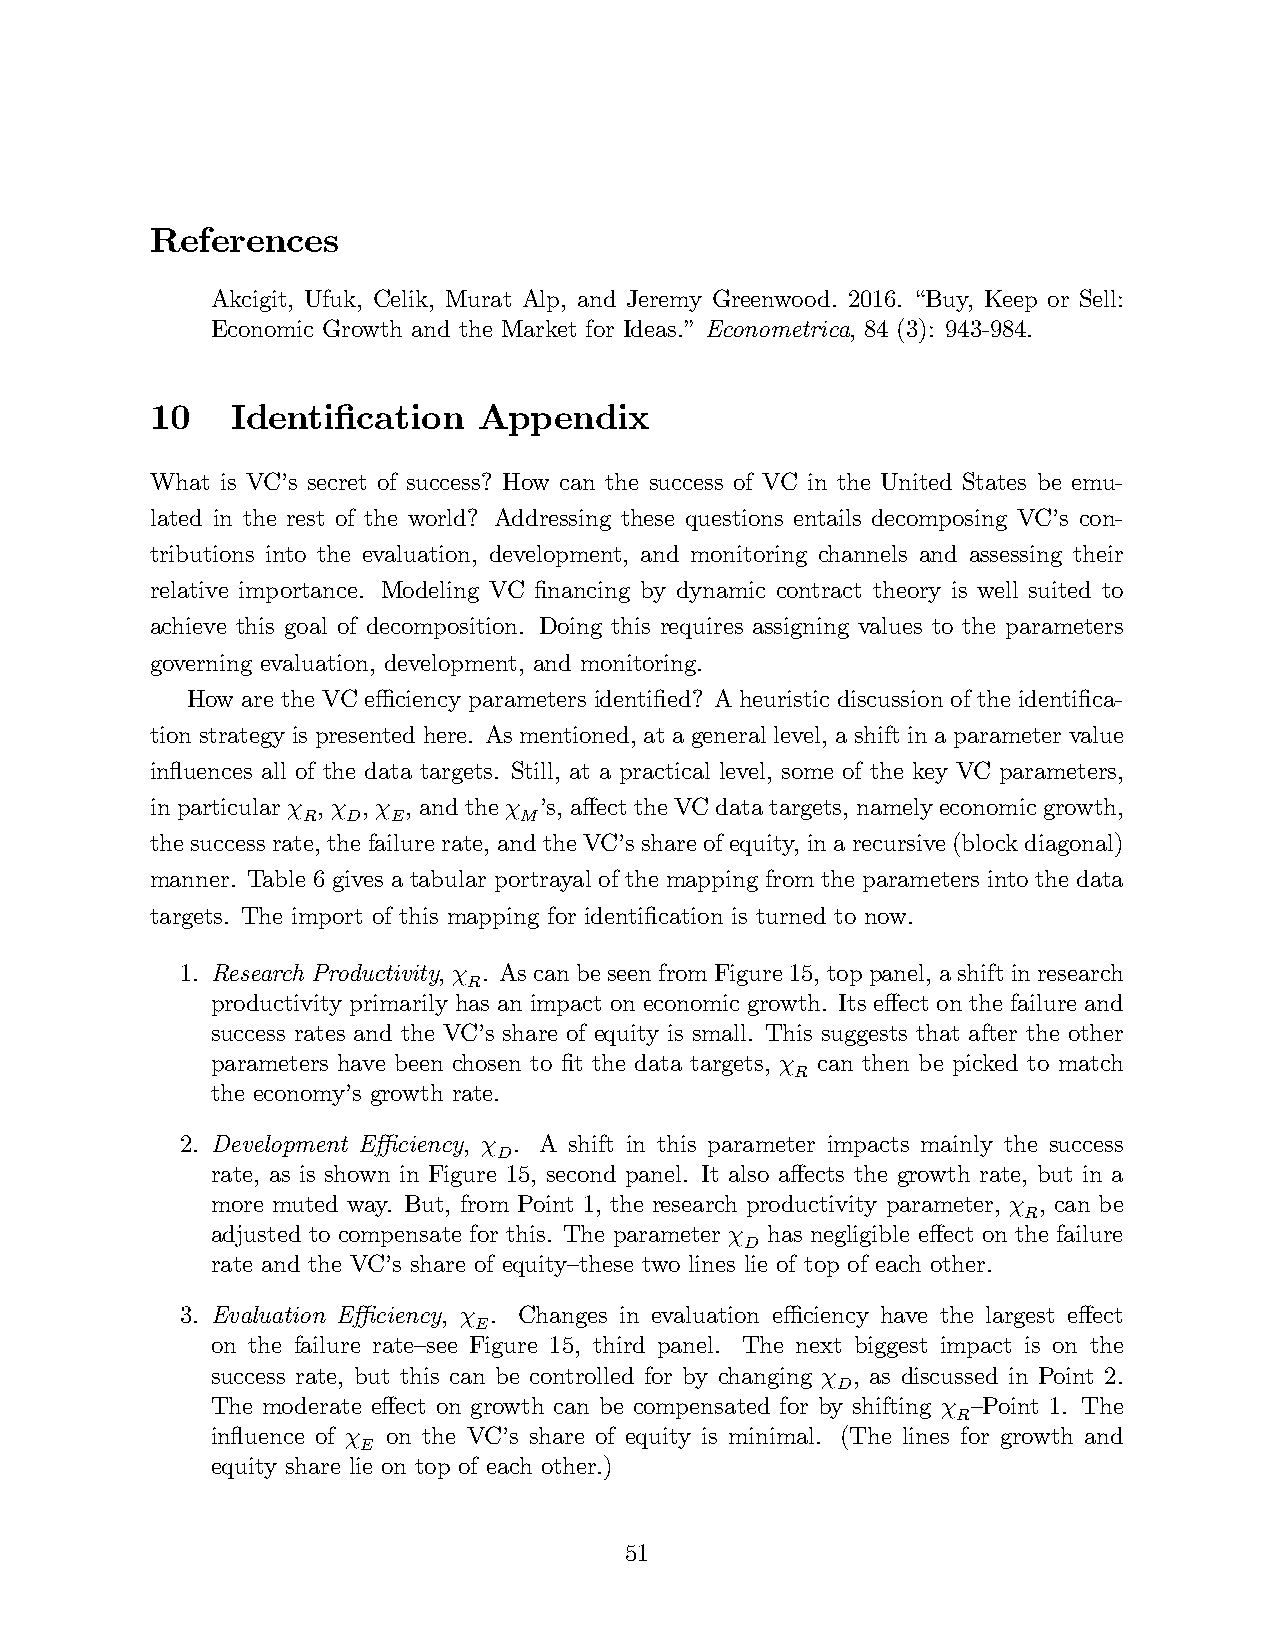
References
 Akcigit, Ufuk, Celik, Murat Alp, and Jeremy Greenwood. 2016. “Buy, Keep or Sell:
 Economic Growth and the Market for Ideas.”Econometrica, 84 (3): 943-984.
 10   Identification   Appendix
 What is VC’s secret of success? How can the success of VC in the United States be emu-
 lated in the rest of the world? Addressing these questions entails decomposing VC’s con-
 tributions into the evaluation, development, and monitoring channels and assessing their
 relative importance. Modeling VC financing by dynamic contract theory is well suited to
 achieve this goal of decomposition. Doing this requires assigning values to the parameters
 governing evaluation, development, and monitoring.
 How are the VC effi ciency parameters identified? A heuristic discussion of the identifica-
 tion strategy is presented here. As mentioned, at a general level, a shift in a parameter value
 influences all of the data targets. Still, at a practical level, some of the key VC parameters,
 in particular χ , χ , χ , and the χ ’s, affect the VC data targets, namely economic growth,
 R  D  E       M
 the success rate, the failure rate, and the VC’s share of equity, in a recursive (block diagonal)
 manner. Table 6 gives a tabular portrayal of the mapping from the parameters into the data
 targets. The import of this mapping for identification is turned to now.
 1. Research Productivity, χ . As can be seen from Figure 15, top panel, a shift in research
 R
 productivity primarily has an impact on economic growth. Its effect on the failure and
 success rates and the VC’s share of equity is small. This suggests that after the other
 parameters have been chosen to fit the data targets, χ can then be picked to match
 R
 the economy’s growth rate.
 2. Development Effi ciency, χ . A shift in this parameter impacts mainly the success
 D
 rate, as is shown in Figure 15, second panel. It also affects the growth rate, but in a
 more muted way. But, from Point 1, the research productivity parameter, χ , can be
 R
 adjusted to compensate for this. The parameter χ has negligible effect on the failure
 D
 rate and the VC’s share of equity—these two lines lie of top of each other.
 3. Evaluation Effi ciency, χ . Changes in evaluation effi ciency have the largest effect
 E
 on the failure rate—see Figure 15, third panel. The next biggest impact is on the
 success rate, but this can be controlled for by changing χ , as discussed in Point 2.
 D
 The moderate effect on growth can be compensated for by shifting χ —Point 1. The
 R
 influence of χ on the VC’s share of equity is minimal. (The lines for growth and
 E
 equity share lie on top of each other.)
 51